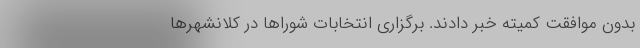
بدون موافقت کمیته خبر دادند. برگزاری انتخابات شوراها در کلانشهرها